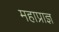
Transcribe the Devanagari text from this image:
महाप्राज्ञ